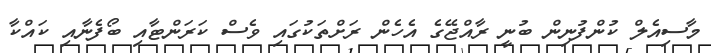
މާސިއެލް ކުންފުނިން ބުނީ ރާއްޖޭގެ އެހެން ރަށްތަކުގައި ވެސް ކަރަންޓާއި ބޯފެނާއި ކައްކާ